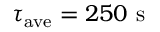
\tau _ { \mathrm { a v e } } = 2 5 0 ~ \mathrm { s }